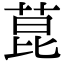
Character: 菎